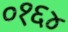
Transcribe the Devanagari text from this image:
०१६४